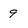
Character: 9